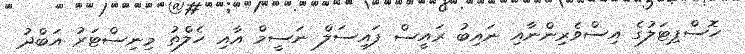
ހޮސްޕިޓަލުގެ އިސްވެރިންނާއި ނައިބު ރައީސް ފައިސަލް ނަސީމް އާއި ހެލްތު މިނިސްޓަރު އަބްދު